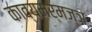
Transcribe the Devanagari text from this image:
काव्यमर्मज्ञ